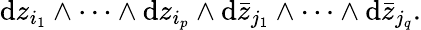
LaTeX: \mathrm{d}z_{i_{1}}\wedge\cdots\wedge\mathrm{d}z_{i_{p}}\wedge\mathrm{d}{\bar{{z}}}_{j_{1}}\wedge\cdots\wedge\mathrm{d}{\bar{{z}}}_{j_{q}}.